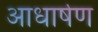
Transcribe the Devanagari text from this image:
आधार्षण